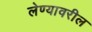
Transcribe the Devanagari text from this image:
लेण्यावरील